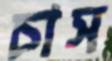
চাস